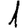
Digit: 1